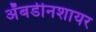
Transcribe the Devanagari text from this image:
अॅबर्डीनशायर